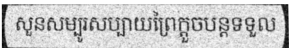
សួនសម្បូរសប្បាយព្រៃក្តួចបន្តទទួល